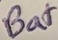
Text: Bat